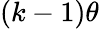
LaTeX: (k-1)\theta